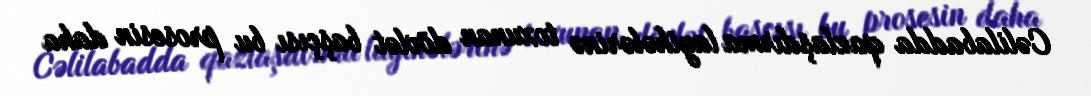
Cəlilabadda qazlaşdırma layihələrinə toxunan dövlət başçısı bu prosesin daha